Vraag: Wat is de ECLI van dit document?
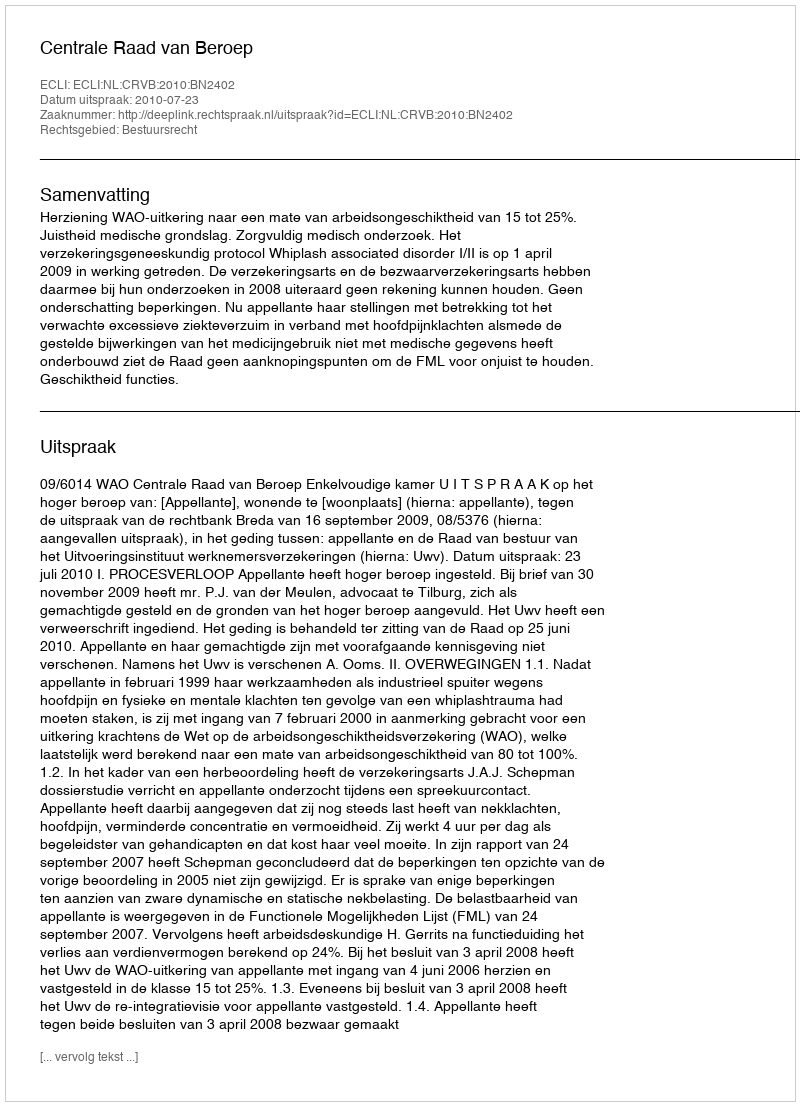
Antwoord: ECLI:NL:CRVB:2010:BN2402